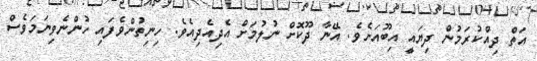
އަތް ދިއްކުރަމުން ދިޔައީ އިބޫއަށެވެ. އޭނާ ދޫކޮށް ނުލުމަށް އެދިއެދިއެވެ. ހިނިތުންވެފައި ހުންނެވިނަމަވެސް